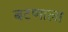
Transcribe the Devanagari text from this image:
बटणाला